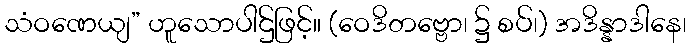
သံဝဏေယျ” ဟူသောပါဌ်ဖြင့်။ (ဝေဒိတဗ္ဗော၊ ၌ စပ်၊) အဒိန္နာဒါနေ၊